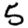
Digit: 5